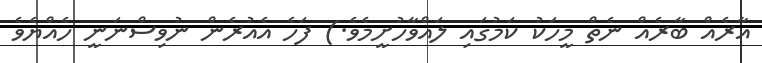
އާރެއް ބާރެއް ނެތް މީހަކު ކަމުގައި ލައްވާހުށީމެވެ.) ފަހެ އެއުރެން ނުވިސްނަނީ ހެއްޔެވެ